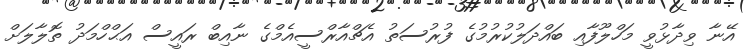
އޭނާ ވިދާޅުވީ މަހްލޫފާއި ބައްދަލުކުރުމުގެ ފުރުސަތު އެޗްއާރްސީއެމްގެ ނާއިބް ރައީސް އަޙްހްމަދު ތޮލާލަށް